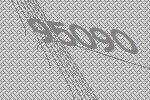
95090